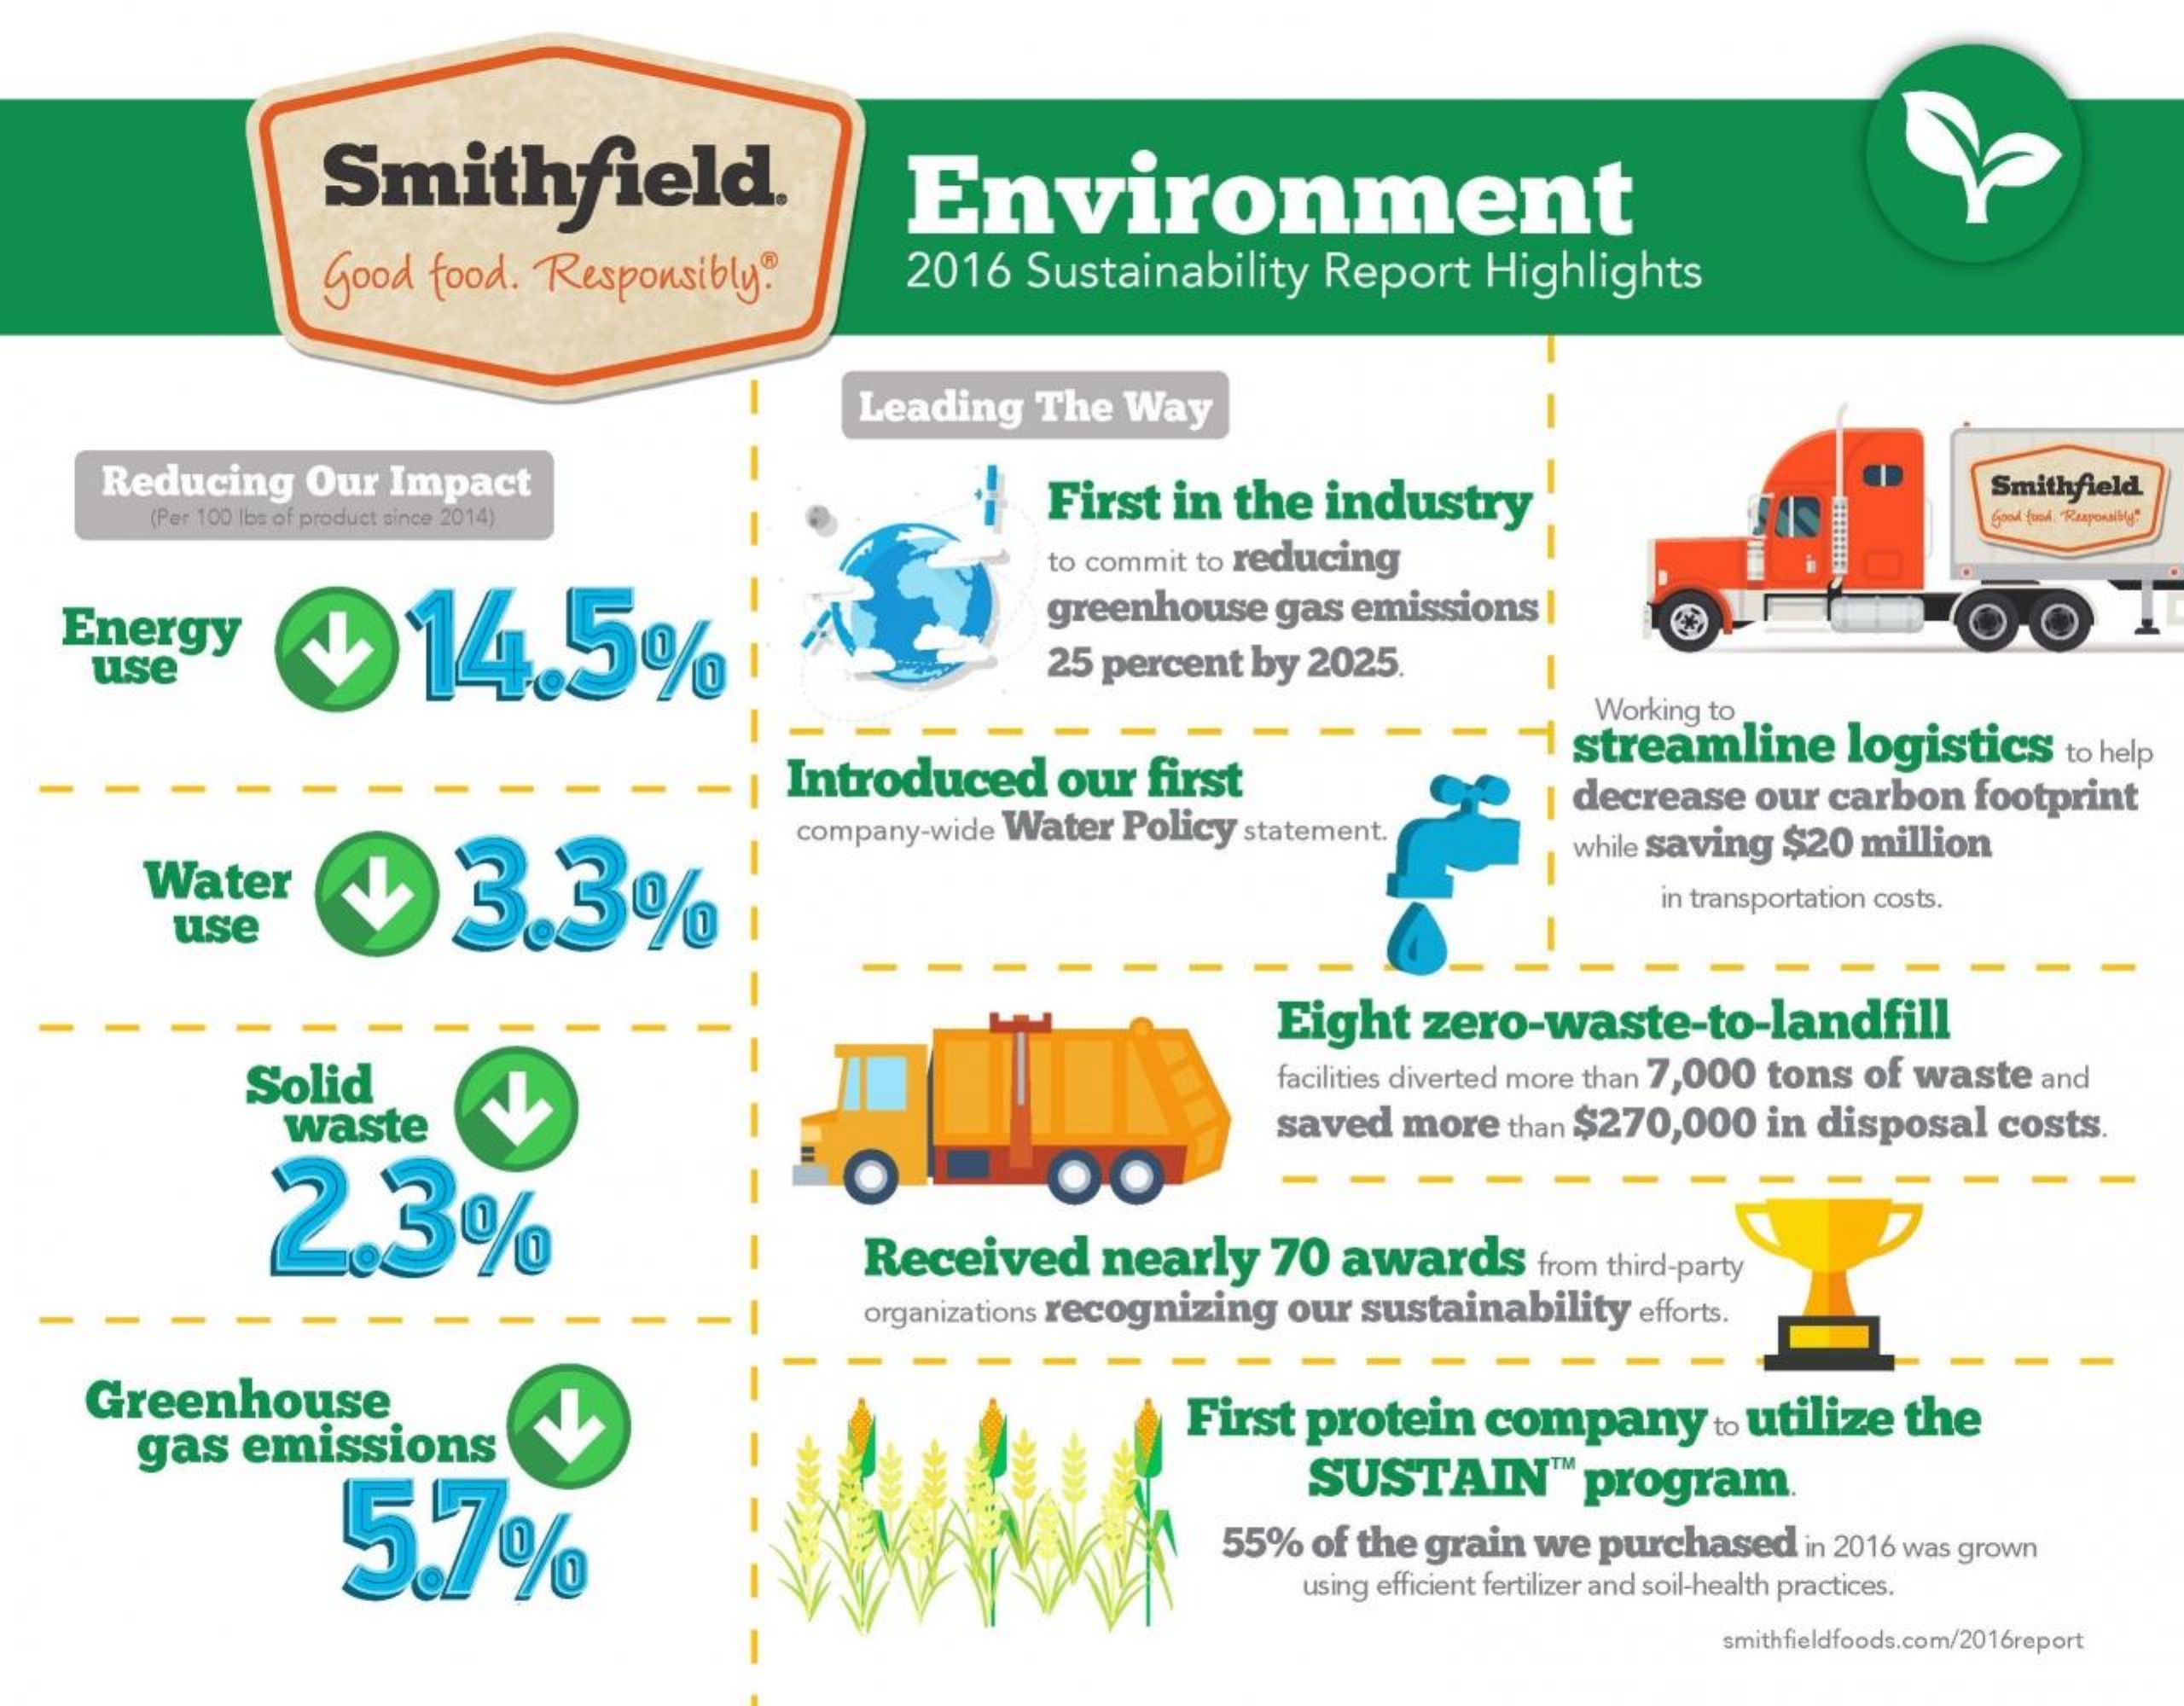
Smithfield.    Environment
     Good food. Responsibly® 2016 Sustainability Report Highlights
     Leading The Way
    Reducing Our Impact    Smithfield
     (Per 100 lbs of product since 2014)
     First in the industry
   Energy    14.5%
     to commit to reducing
     greenhouse gas emissions
    use    25 percent by 2025.
     Working to
     Introduced our first
     1 streamline logistics to help
     company-wide Water Policy statement.
     decrease our carbon footprint
     Water    3.3%
     while saving $20 million
     use
     in transportation costs.
     Eight zero-waste-to-landfill
     Solid    facilities diverted more than 7,000 tons of waste and
     waste    saved more than $270,000 in disposal costs.
     2.3%
     O    OO
     Received nearly 70 awards from third-party
     organizations recognizing our sustainability efforts.
    Greenhouse
     gas emissions
     First protein company to utilize the
     5.7%
     SUSTAIN   ™ program
     55% of the grain we purchased in 2016 was grown
     using efficient fertilizer and soil-health practices.
     smithfieldfoods.com/2016report